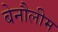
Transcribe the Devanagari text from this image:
बेनौलीम